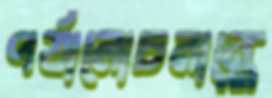
পর্যালোচনান্তে